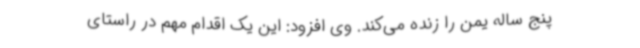
پنج ساله یمن را زنده می‌کند. وی افزود: این یک اقدام مهم در راستای